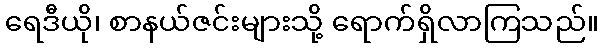
ရေဒီယို၊ စာနယ်ဇင်းများသို့ ရောက်ရှိလာကြသည်။